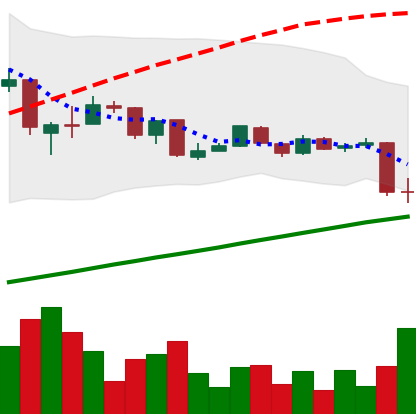
Ticker: LTC-USD
Chart end date: 2015-08-19
Forward return: -13.89%
Label: down_7plus